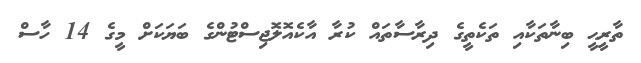
ތާރީޙީ ބިނާތަކާއި ތަކެތީގެ ދިރާސާތައް ކުރާ އާކެއޮލޮޖިސްޓުންގެ ބަޔަކަށް މީގެ 14 ހާސް